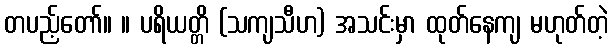
တပည့်တော်။ ။ ပရိယတ္တိ (သကျသီဟ) အသင်းမှာ ထုတ်နေကျ မဟုတ်တဲ့